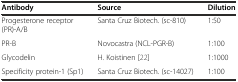
<table><thead><tr><td><b>Antibody</b></td><td><b>Source</b></td><td><b>Dilution</b></td></tr></thead><tbody><tr><td>Progesterone receptor (PR)-A/B</td><td>Santa Cruz Biotech. (sc-810)</td><td>1:50</td></tr><tr><td>PR-B</td><td>Novocastra (NCL-PGR-B)</td><td>1:100</td></tr><tr><td>Glycodelin</td><td>H. Koistinen[22]</td><td>1:1000</td></tr><tr><td>Specificity protein-1 (Sp1)</td><td>Santa Cruz Biotech. (sc-14027)</td><td>1:100</td></tr></tbody></table>